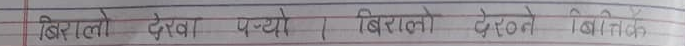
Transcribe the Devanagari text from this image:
बिरालो देखा पत्यो । बिरालो दोलन वितीतै